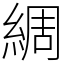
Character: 綢